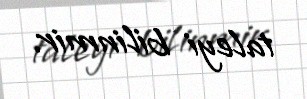
taleyi bilinmir.